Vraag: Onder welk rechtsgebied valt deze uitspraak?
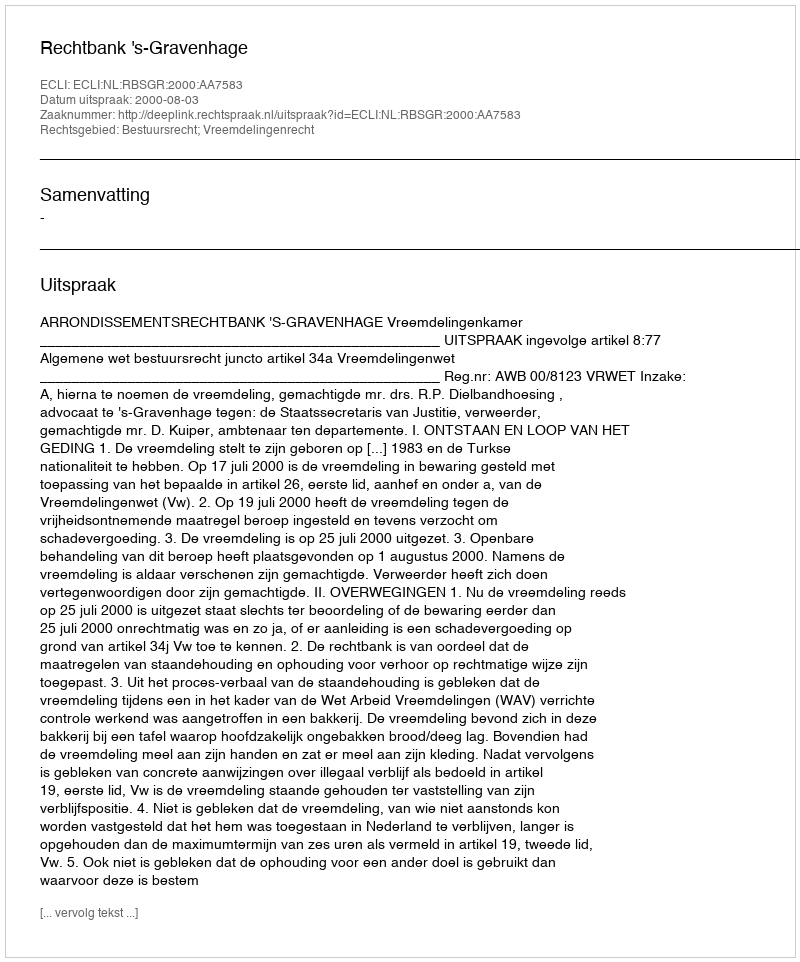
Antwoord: Bestuursrecht; Vreemdelingenrecht